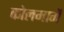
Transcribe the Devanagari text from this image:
कोलमार्गे